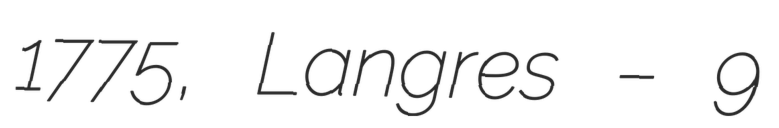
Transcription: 1775, Langres – 9